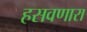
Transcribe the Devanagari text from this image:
हसवणारा